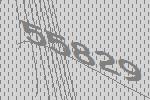
55829